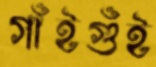
গাঁইগুঁই